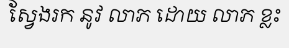
ស្វែងរក នូវ លាភ ដោយ លាភ ខ្លះ